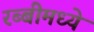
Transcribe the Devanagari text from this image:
रब्बीमध्ये